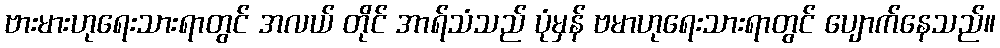
ဗားမားဟုရေးသားရာတွင် အလယ် တိုင် အာရ်သံသည် ပုံမှန် ဗမာဟုရေးသားရာတွင် ပျောက်နေသည်။